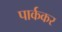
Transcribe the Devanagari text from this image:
पार्ककर